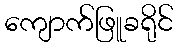
ကျောက်ဖြူခရိုင်